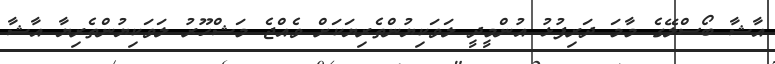
އާޝާ ބޯސްލޭގެ މާމަ ދަރިފުޅު އުންމީދީ ލަވަކިޔުންތެރިޔަކަށް ވެއްޖެ މަޝްހޫރު ލަވަކިޔުންތެރިޔާ އާޝާ